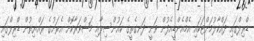
ޑްރިލްގައި ދައްކާލުމަށްޓަކައި އެމްއެންޑީއެފުން ވަނީ ދަނގެތީގެ ކައުންސިލާއި މަޝްވަރާކޮށް އެރަށުގެ ރައްޔިތުން ޑްރިލްގައި